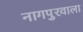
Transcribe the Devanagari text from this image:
नागपुरवाला